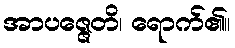
အာပဇ္ဇေတိ၊ ရောက်၏။